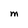
Character: M